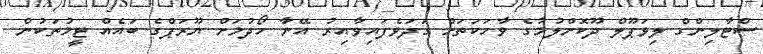
ސްޓާލިންގް ލިވަޕޫލް ދޫކޮށްލުމުގެ ވާހަކަތަށް ގަދަވެފައިވާއިރު އޭނާ ހޯދުމަށް ޔޫރަޕްގެ ބައެއް ޓީމުތަކުން